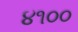
૪૧૦૦